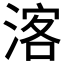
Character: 𱧠